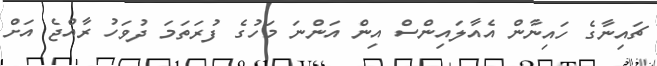
ޗައިނާގެ ހައިނާން އެއާލައިންސް އިން އަންނަ މަހުގެ ފުރަތަމަ ދުވަހު ރާއްޖެ އަށް